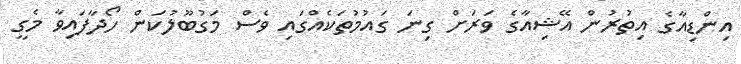
އިންޑިއާގެ އިތުރުން އޭޝިއާގެ ވަރަށް ގިނަ ގައުމުތަކެއްގައި ވެސް މަގުބޫލުކަން ހޯދާފައިވާ މެގީ